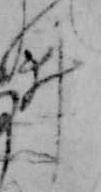
ヰ